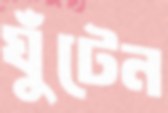
ঘুঁটেন